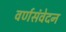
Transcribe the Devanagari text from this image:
वर्णसंवेदन